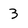
Character: 3